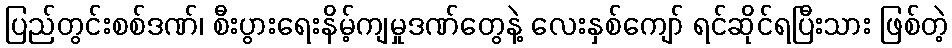
ပြည်တွင်းစစ်ဒဏ်၊ စီးပွားရေးနိမ့်ကျမှုဒဏ်တွေနဲ့ လေးနှစ်ကျော် ရင်ဆိုင်ရပြီးသား ဖြစ်တဲ့